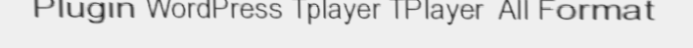
Plugin WordPress Tplayer TPlayer  All Format